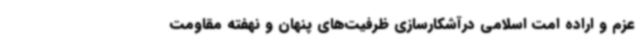
عزم و اراده امت اسلامی درآشکارسازی ظرفیت‌های پنهان و نهفته مقاومت